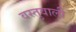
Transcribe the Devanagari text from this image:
वस्तुवाली